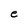
Character: e